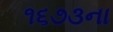
૧૬૭૩ના